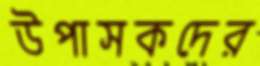
উপাসকদের